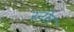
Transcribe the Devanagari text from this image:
स्नोर